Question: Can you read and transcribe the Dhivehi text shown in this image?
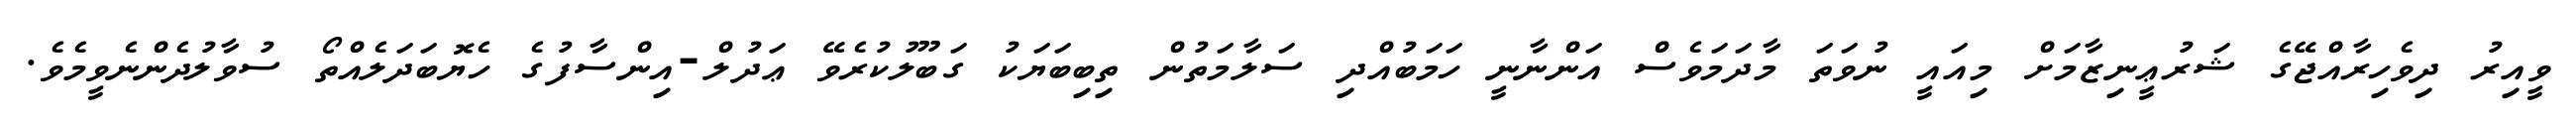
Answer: ވީއިރު ދިވެހިރާއްޖޭގެ ޝަރުޢީނިޒާމަށް މިއައީ ނުވަތަ މާދަމަވެސް އަންނާނީ ހަމަބުއްދި ސަލާމަތުން ތިބިބަޔަކު ގަބޫލުކުރެވޭ ޢަދުލް-އިންސާފުގެ ހެޔޮބަދަލެއްތޯ ސުވާލުދެންނެވީމެވެ.